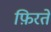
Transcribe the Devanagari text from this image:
फ़िरते